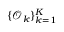
\{ \mathcal { O } _ { k } \} _ { k = 1 } ^ { K }